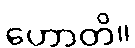
ဟောတိ။